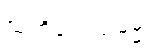
သံကိလေသဓမ္မံ